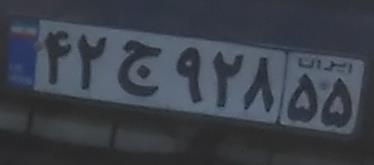
۴۲ج۹۲۸۵۵